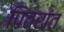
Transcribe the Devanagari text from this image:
पितरांत